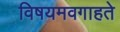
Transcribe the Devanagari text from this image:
विषयमवगाहते